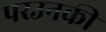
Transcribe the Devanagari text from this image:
परउनकी